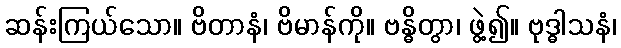
ဆန်းကြယ်သော။ ဗိတာနံ၊ ဗိမာန်ကို။ ဗန္ဓိတွာ၊ ဖွဲ့၍။ ဗုဒ္ဓါသနံ၊